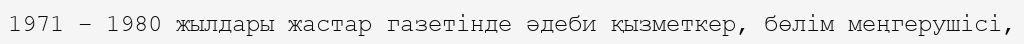
1971 – 1980 жылдары жастар газетінде әдеби қызметкер, бөлім меңгерушісі,